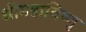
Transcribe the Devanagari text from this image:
श्रीमहाविष्णु